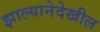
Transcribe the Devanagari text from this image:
झाल्यानेदेखील